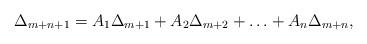
LaTeX: \begin{align*}\Delta_{m+n+1} = A_1 \Delta_{m+1}+A_2 \Delta_{m+2} +\ldots+A_n \Delta_{m+n},\end{align*}